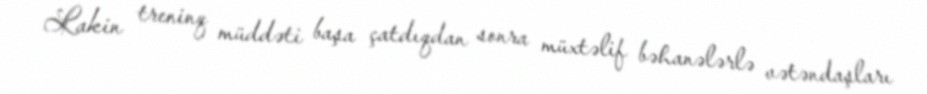
Lakin treninq müddəti başa çatdıqdan sonra müxtəlif bəhanələrlə vətəndaşları